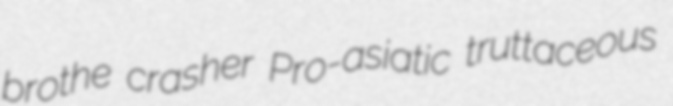
brothe crasher Pro-asiatic truttaceous